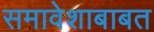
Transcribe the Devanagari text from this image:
समावेशाबाबत